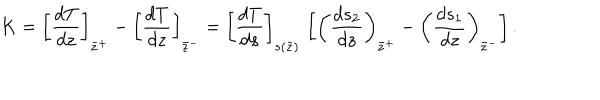
K = \left[ { \frac { d T } { d z } } \right] _ { \bar { z } ^ { + } } - \left[ { \frac { d T } { d z } } \right] _ { \bar { z } ^ { - } } = \left[ { \frac { d T } { d s } } \right] _ { s ( \bar { z } ) } \, \left[ \left( { \frac { d s _ { 2 } } { d z } } \right) _ { \bar { z } ^ { + } } - \left( { \frac { d s _ { 1 } } { d z } } \right) _ { \bar { z } ^ { - } } \right] .